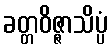
ခတ္တဝိဇ္ဇာသိပ္ပံ